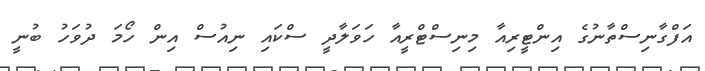
އަފްގާނިސްތާނުގެ އިންޓީރިއާ މިނިސްޓްރީއާ ހަވަލާދީ ސްކައި ނިއުސް އިން ހޯމަ ދުވަހު ބުނީ